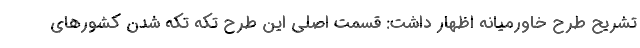
تشریح طرح خاورمیانه اظهار داشت: قسمت اصلی این طرح تکه تکه شدن کشورهای